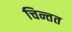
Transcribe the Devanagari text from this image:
चिन्तत